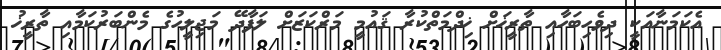
އެކަމަނާއަކީ ދިވެހިބަހާއި ތާރީޚަށް ޚިދްމަތްކުރާ ޤައުމީ މަރްކަޒަށް ލަފާދޭ މަޖިލީހުގެ މެންބަރުކަމާއި ތާރީޚު